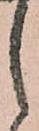
之